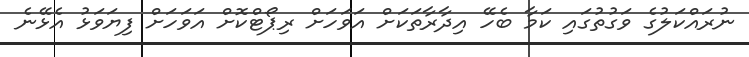
ނުރައްކަލުގެ ވަގުތުގައި ކަމާ ބެހޭ އިދާރާތަކަށް އަވަހަށް ރިޕޯޓްކޮށް އަވަހަށް ފިޔަވަޅު އެޅޭނެ